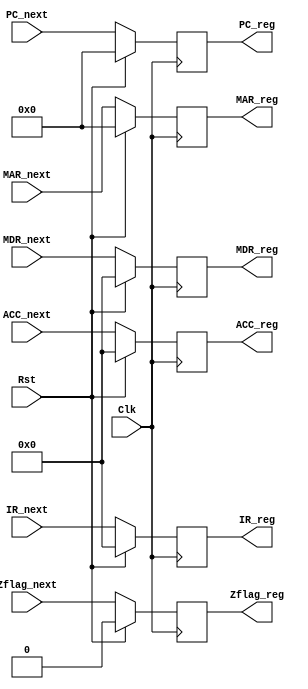
module registers(Clk, Rst, PC_reg, PC_next, IR_reg, IR_next, ACC_reg, ACC_next, MDR_reg, MDR_next, MAR_reg, MAR_next, Zflag_reg, Zflag_next);

input wire Clk;
input wire Rst;

output reg [7:0]PC_reg;
input wire [7:0]PC_next;

output reg [15:0]IR_reg;
input wire [15:0]IR_next;

output reg [15:0]ACC_reg;
input wire [15:0]ACC_next;

output reg [15:0]MDR_reg;
input wire [15:0]MDR_next;

output reg [7:0]MAR_reg;
input wire [7:0]MAR_next;

output reg Zflag_reg;
input wire Zflag_next;

always @(posedge Clk)
begin
	if(Rst)
		begin
		PC_reg <= 0;
		IR_reg <= 0;
		ACC_reg <= 0;
		MDR_reg <= 0;
		MAR_reg <= 0;
		Zflag_reg <= 0;
		end
	else
		begin
		PC_reg <= PC_next;
		IR_reg <= IR_next;
		ACC_reg <= ACC_next;
		MDR_reg <= MDR_next;
		MAR_reg <= MAR_next;
		Zflag_reg <= Zflag_next;
		end
	end
endmodule